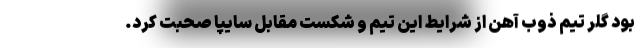
بود گلر تیم ذوب آهن از شرایط این تیم و شکست مقابل سایپا صحبت کرد.